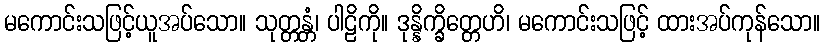
မကောင်းသဖြင့်ယူအပ်သော။ သုတ္တန္တံ၊ ပါဠိကို။ ဒုန္နိက္ခိတ္တေဟိ၊ မကောင်းသဖြင့် ထားအပ်ကုန်သော။